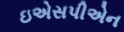
ઇએસપીએન